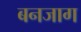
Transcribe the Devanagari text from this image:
बनजाग